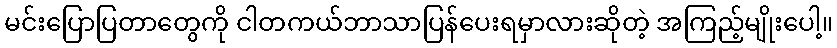
မင်းပြောပြတာတွေကို ငါတကယ်ဘာသာပြန်ပေးရမှာလားဆိုတဲ့ အကြည့်မျိုးပေါ့။